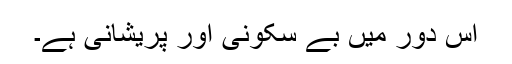
اِس دور میں بے سکونی اور پریشانی ہے۔